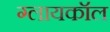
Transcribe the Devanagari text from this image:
ग्लायकॉल